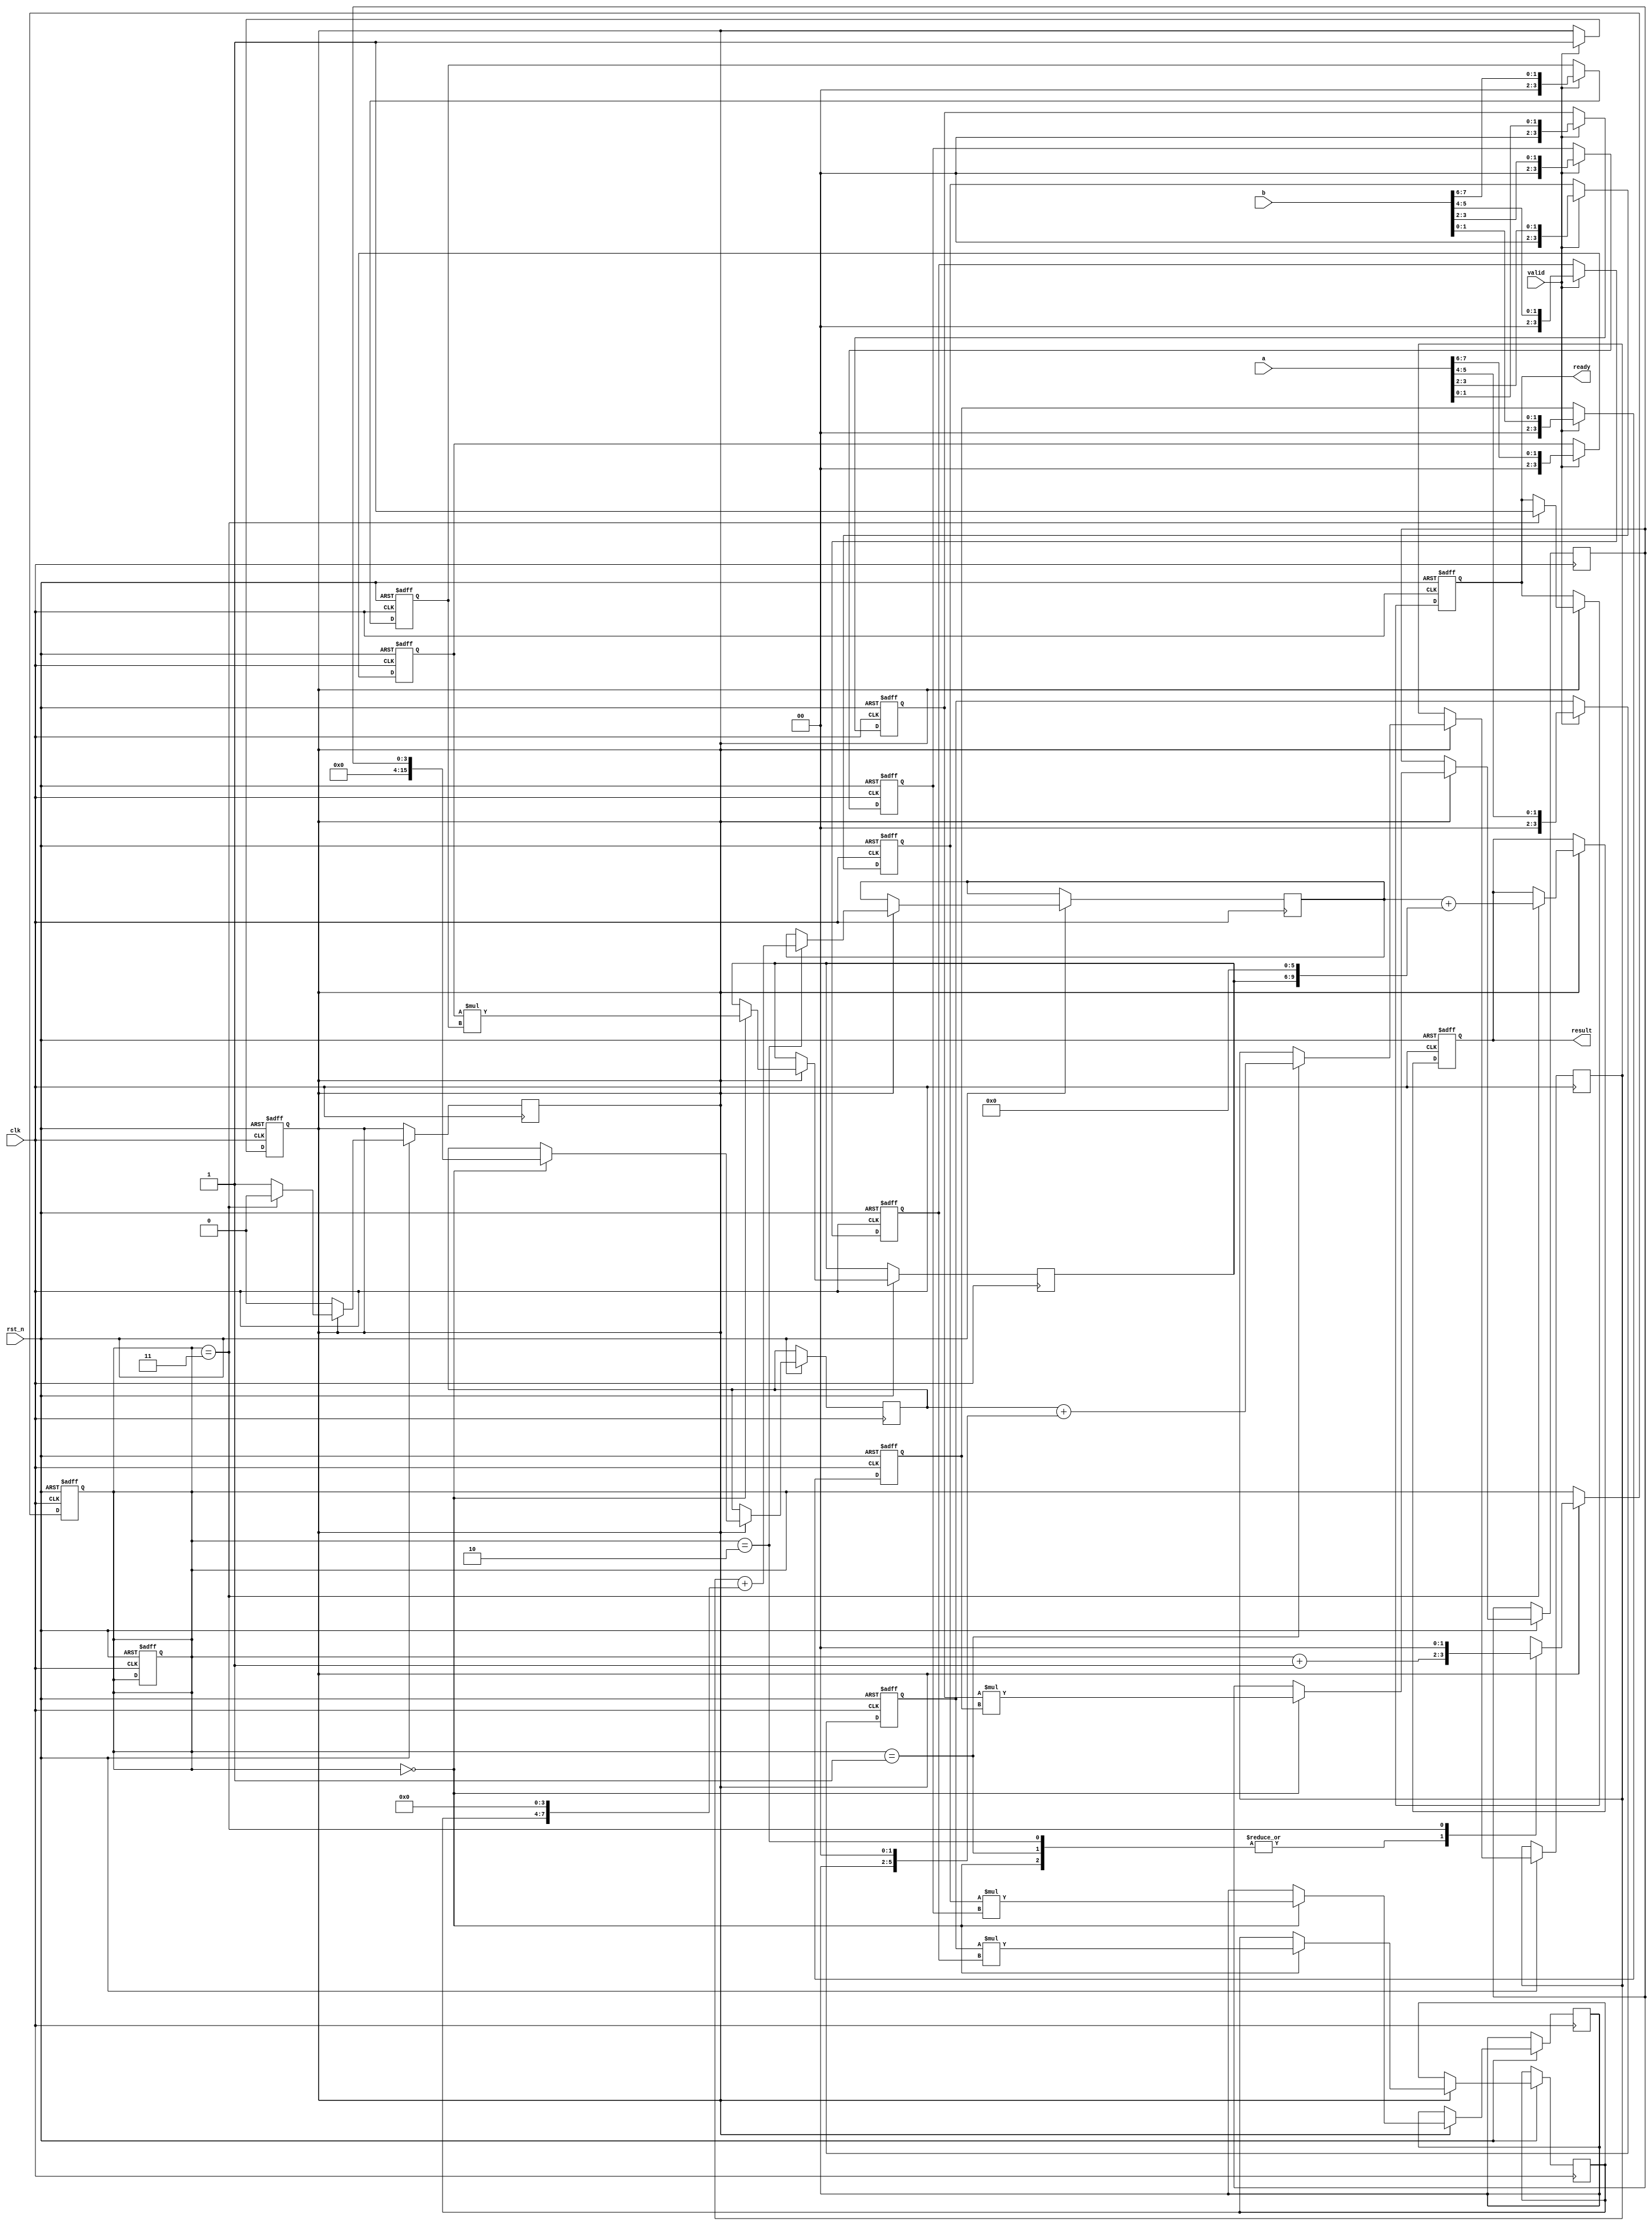
module pipelined_sliced_multiplier (
    input clk,
    input rst_n,
    input [7:0] a,
    input [7:0] b,
    input valid,
    output reg [15:0] result,
    output reg ready
);

    // Internal signals
    reg [3:0] a_segments [3:0]; // 4 segments of 2 bits each for 'a'
    reg [3:0] b_segments [3:0]; // 4 segments of 2 bits each for 'b'
    reg [3:0] partial_products [3:0]; // Partial products for each slice
    reg [15:0] accum [3:0]; // Accumulators for partial products
    reg [1:0] stage; // Pipeline stage register
    reg valid_reg;

    // Segmentation of inputs into 2-bit slices
    always @(posedge clk or negedge rst_n) begin
        if (!rst_n) begin
            a_segments[0] <= 0;
            a_segments[1] <= 0;
            a_segments[2] <= 0;
            a_segments[3] <= 0;
            b_segments[0] <= 0;
            b_segments[1] <= 0;
            b_segments[2] <= 0;
            b_segments[3] <= 0;
            stage <= 0;
            valid_reg <= 0;
        end else if (valid) begin
            a_segments[0] <= a[1:0];
            a_segments[1] <= a[3:2];
            a_segments[2] <= a[5:4];
            a_segments[3] <= a[7:6];
            b_segments[0] <= b[1:0];
            b_segments[1] <= b[3:2];
            b_segments[2] <= b[5:4];
            b_segments[3] <= b[7:6];
            valid_reg <= 1; // signal valid data
        end
    end

    // Pipelined computation stages
    always @(posedge clk or negedge rst_n) begin
        if (!rst_n) begin
            stage <= 0;
            result <= 0;
            ready <= 0;
        end else if (valid_reg) begin
            case (stage)
                0: begin
                    // Stage 1: Calculate partial products
                    partial_products[0] <= a_segments[0] * b_segments[0];
                    partial_products[1] <= a_segments[1] * b_segments[1];
                    partial_products[2] <= a_segments[2] * b_segments[2];
                    partial_products[3] <= a_segments[3] * b_segments[3];
                    accum[0] <= {14'b0, partial_products[0]};
                    stage <= stage + 1;
                end

                1: begin
                    // Stage 2: Accumulate partial products (with shifting)
                    accum[1] <= accum[0] + {12'b0, partial_products[1], 2'b0};
                    stage <= stage + 1;
                end

                2: begin
                    // Stage 3: Further accumulation
                    accum[2] <= accum[1] + {10'b0, partial_products[2], 4'b0};
                    stage <= stage + 1;
                end

                3: begin
                    // Stage 4: Final accumulation
                    result <= accum[2] + {8'b0, partial_products[3], 6'b0};
                    ready <= 1; // Indicate result is ready
                    stage <= 0; // Reset stage for next operation
                    valid_reg <= 0; // Reset valid signal
                end
            endcase
        end
    end

endmodule